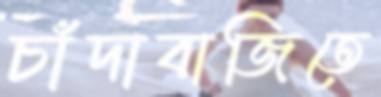
চাঁদাবাজিতে